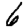
Digit: 6